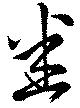
悉